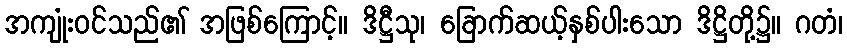
အကျုံးဝင်သည်၏ အဖြစ်ကြောင့်။ ဒိဋ္ဌီသု၊ ခြောက်ဆယ့်နှစ်ပါးသော ဒိဋ္ဌိတို့၌။ ဂတံ၊